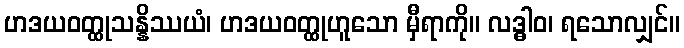
ဟဒယဝတ္ထုသန္နိဿယံ၊ ဟဒယဝတ္ထုဟူသော မှီရာကို။ လဒ္ဓါဝ၊ ရသောလျှင်။